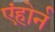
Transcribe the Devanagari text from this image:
एंहोर्न